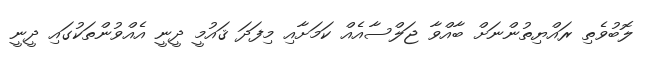
ލޮބުވެތި ރައްޔިތުންނަށް ބާއްވާ ޖަލްސާއެއް ކަމަށާއި މިފަދަ ޤައުމީ ދީނީ އެއްވުންތަކުގައި ދީނީ